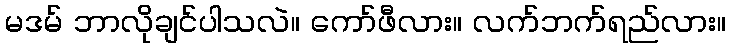
မဒမ် ဘာလိုချင်ပါသလဲ။ ကော်ဖီလား။ လက်ဘက်ရည်လား။